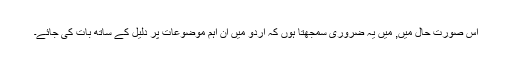
اس صورت حال میں, میں یہ ضروری سمجھتا ہوں کہ اردو میں ان اہم موضوعات پر دلیل کے ساتھ بات کی جائے۔